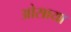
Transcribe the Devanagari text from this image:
ओसाया